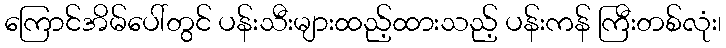
ကြောင်အိမ်ပေါ်တွင် ပန်းသီးများထည့်ထားသည့် ပန်းကန် ကြီးတစ်လုံး၊